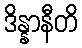
ဒိန္နာနီတိ